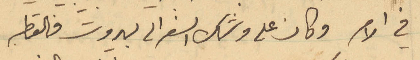
في الامر وكان على وشك السفر الى بيرون والقطبة